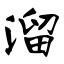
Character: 溜